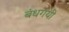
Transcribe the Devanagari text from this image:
बंधगयी